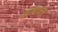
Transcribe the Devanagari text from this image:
बण्यान३